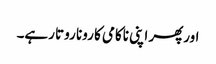
اورپھر اپنی ناکامی کا رونا روتا رہے۔